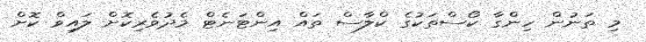
މި ތަނުން ހިންގާ ކޯސްތަކުގެ ކްލާސް ތައް އިންޓަނެޓް މެދުވެރިކޮށް ލައިވް ކޮށް